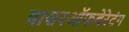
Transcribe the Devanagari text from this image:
वासरऑफबेरेटंग